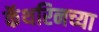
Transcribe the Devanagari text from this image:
कॅथरिनच्या